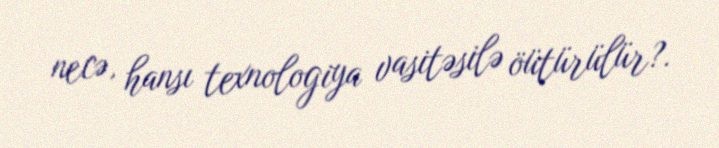
necə, hansı texnologiya vasitəsilə öütürülür?.